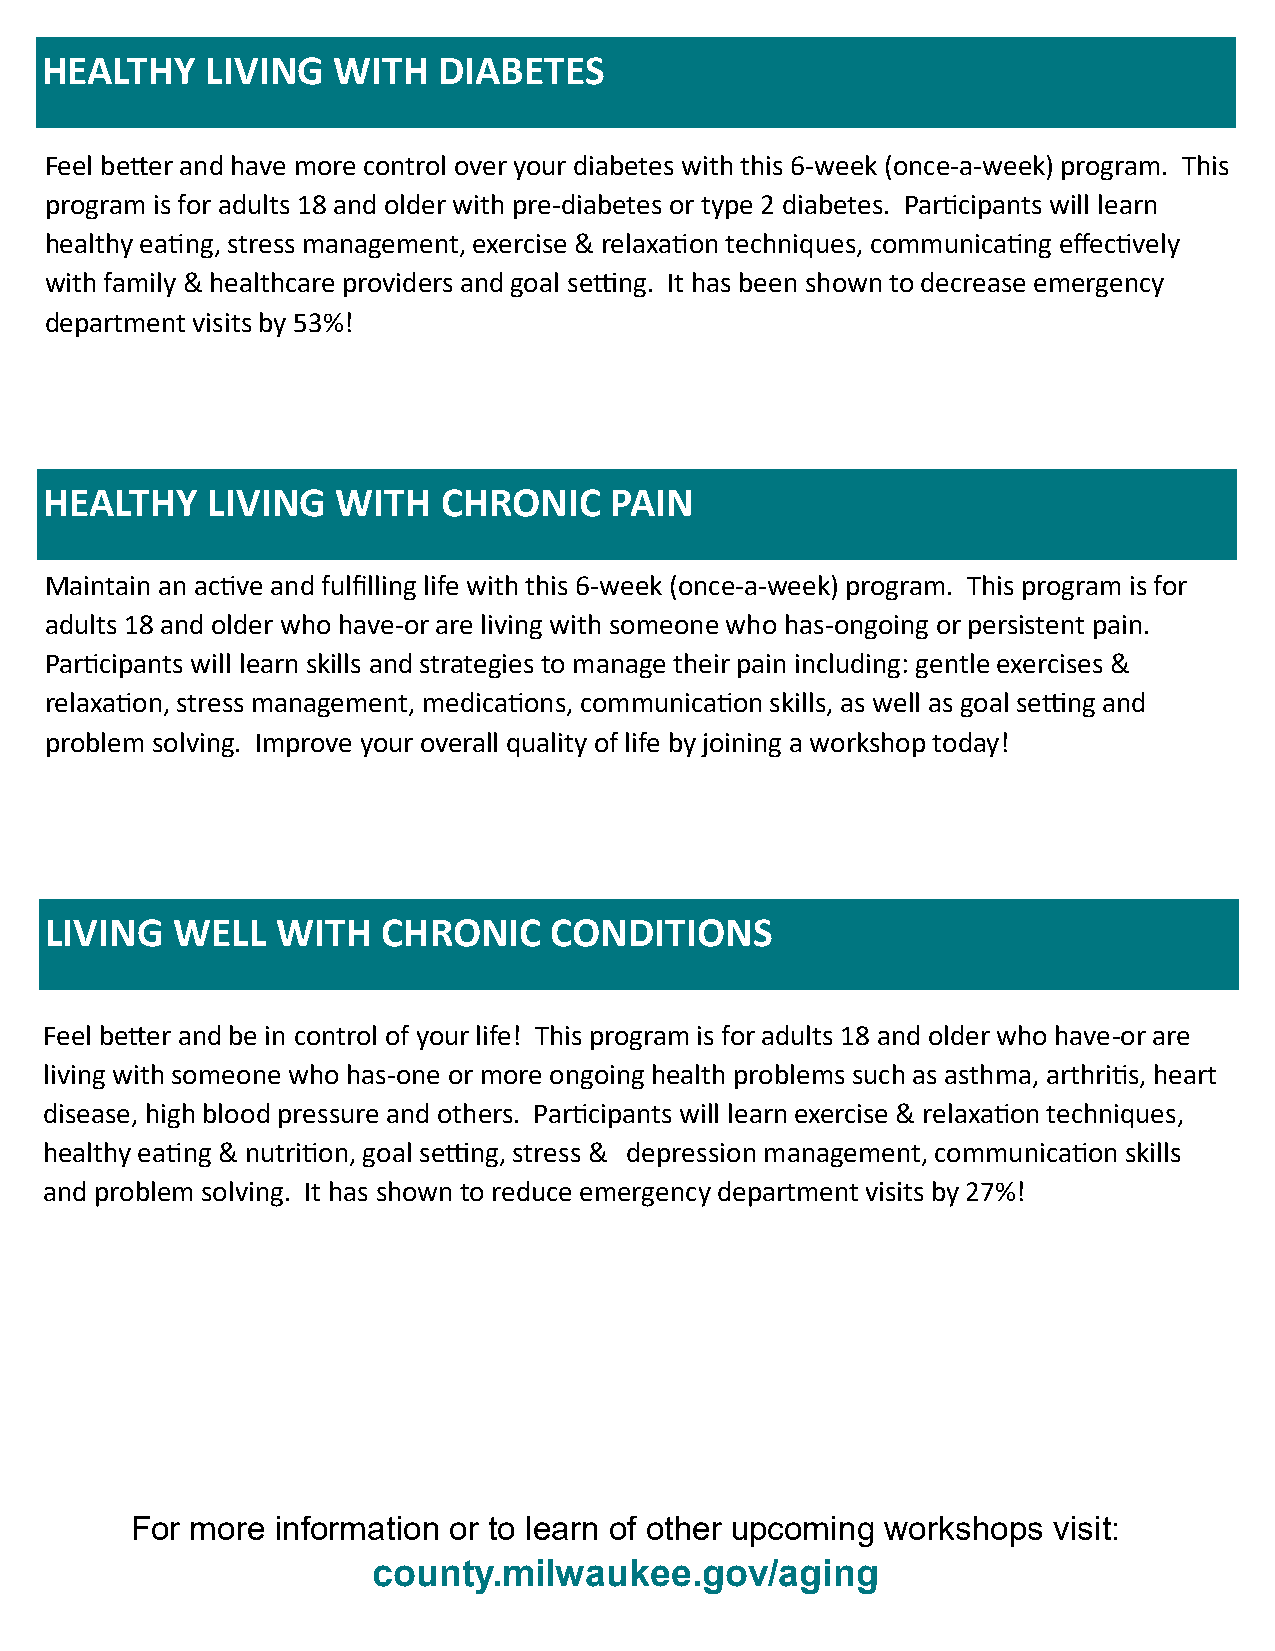
HEALTHY    LIVING  WITH   DIABETES
 Feel better and have more control over your diabetes with this 6-week (once-a-week) program. This
 program is for adults 18 and older with pre-diabetes or type 2 diabetes. Participants will learn
 healthy eating, stress management, exercise & relaxation techniques, communicating effectively
 with family & healthcare providers and goal setting. It has been shown to decrease emergency
 department visits by 53%!
 HEALTHY    LIVING  WITH   CHRONIC    PAIN
 Maintain an active and fulfilling life with this 6-week (once-a-week) program. This program is for
 adults 18 and older who have-or are living with someone who has-ongoing or persistent pain.
 Participants will learn skills and strategies to manage their pain including: gentle exercises &
 relaxation, stress management, medications, communication skills, as well as goal setting and
 problem solving. Improve your overall quality of life by joining a workshop today!
 LIVING  WELL   WITH   CHRONIC    CONDITIONS
 Feel better and be in control of your life! This program is for adults 18 and older who have-or are
 living with someone who has-one or more ongoing health problems such as asthma, arthritis, heart
 disease, high blood pressure and others. Participants will learn exercise & relaxation techniques,
 healthy eating & nutrition, goal setting, stress & depression management, communication skills
 and problem solving. It has shown to reduce emergency department visits by 27%!
 For more information or to learn of other upcoming workshops visit:
 county.milwaukee.gov/aging